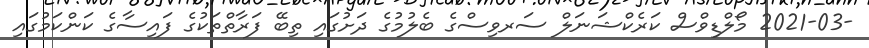
-2021-03 މޯލްޑިވްސް ކަރެކްޝަނަލް ސަރވިސްގެ ބެލުމުގެ ދަށުގައި ތިބޭ ފަރާތްތަކުގެ ފައިސާގެ ކަންކަމުގައި